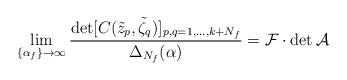
LaTeX: \begin{align*} \lim_{\{\alpha_f\}\to\infty} \frac{\det[C(\tilde z_p,\tilde \zeta_q)]_{p,q=1,\dots,k+N_f}} {\Delta_{N_f}(\alpha)} = \mathcal{F}\cdot\det\mathcal{A}\end{align*}